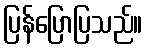
ပြန်ပြောပြသည်။